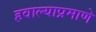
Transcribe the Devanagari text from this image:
हवाल्याप्रमाणे